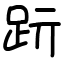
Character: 䟚